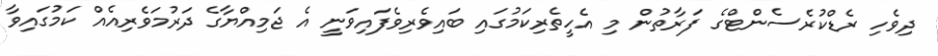
ދިވެހި ރެޑްކުރެސެންޓްގެ ފަރާތުން މި އެހީތެރިކަމުގައި ބައިވެރިވެފައިވަނީ އެ ޖަމިއްޔާގެ ދަރުމަވެރިއެއް ކަމުގައިވާ